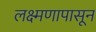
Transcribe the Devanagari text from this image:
लक्ष्मणापासून